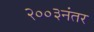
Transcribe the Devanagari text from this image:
२००३नंतर